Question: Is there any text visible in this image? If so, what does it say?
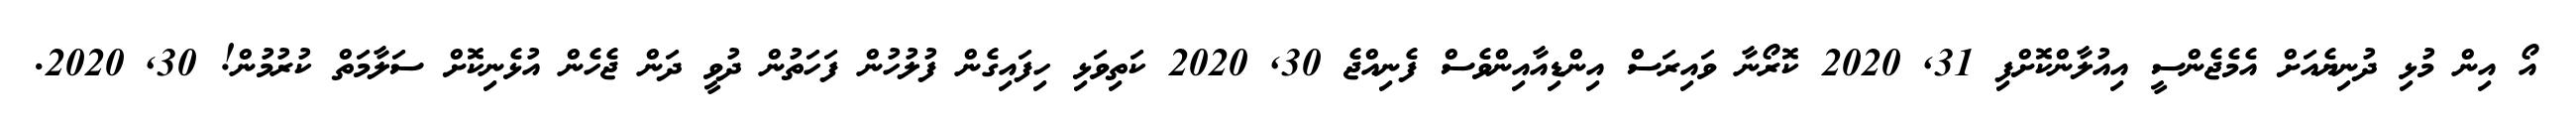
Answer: އޯ އިން މުޅި ދުނިޔެއަށް އެމެޖެންސީ އިއުލާންކޮށްފި 31, 2020 ކޮރޯނާ ވައިރަސް އިންޑިއާއިންވެސް ފެނިއްޖެ 30, 2020 ކަތިވަޅި ހިފައިގެން ފުލުހުން ފަހަތުން ދުވީ ދަން ޖެހެން އުޅެނިކޮށް ސަލާމަތް ކުރުމުން! 30, 2020.